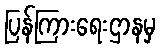
ပြန်ကြားရေးဌာနမှ